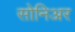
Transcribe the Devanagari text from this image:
सोनिअर